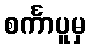
စင်္ကာပူမှ